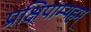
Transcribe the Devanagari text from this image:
प्रक्षिपाम्यहम्